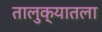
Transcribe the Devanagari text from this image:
तालुक्यातला